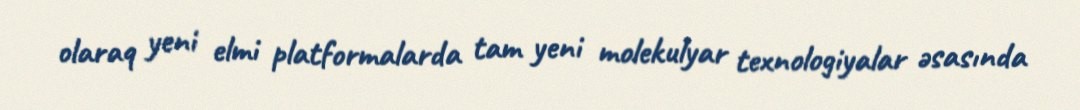
olaraq yeni elmi platformalarda tam yeni molekulyar texnologiyalar əsasında